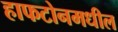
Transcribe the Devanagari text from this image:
हाफटोनमधील